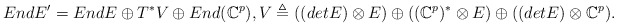
\begin{align*}EndE'=EndE\oplus T^{*}V\oplus End(\mathbb{C}^{p}), V\triangleq ((detE)\otimes E)\oplus((\mathbb{C}^{p})^{*}\otimes E)\oplus ((detE)\otimes\mathbb{C}^{p}). \end{align*}